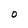
Character: 0